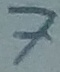
Text: 7